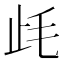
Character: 𣥡